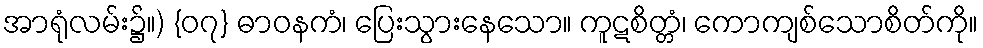
အာရုံလမ်း၌။) {၀၇} ဓာဝနကံ၊ ပြေးသွားနေသော။ ကူဋစိတ္တံ၊ ကောကျစ်သောစိတ်ကို။